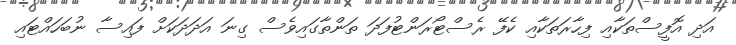
އަދި އޮފީސްތަކާއި ފިހާރަތަކާއި ކެފޭ ރެސްޓޯރަންޓުފަދަ ތަންތާގައިވެސް ގިނަ އަދަދަަކަށް ފައިސާ ނުބަހައްޓައި